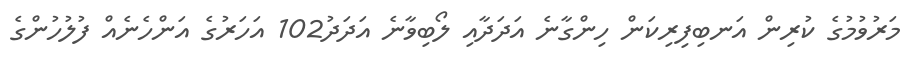
މަރުވުމުގެ ކުރިން އަނބިފިރިކަން ހިންގާނެ އަދަދާއި ލޯބިވާނެ އަދަދު102 އަހަރުގެ އަންހެނެއް ފުލުހުންގެ